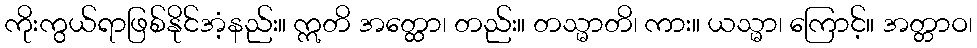
ကိုးကွယ်ရာဖြစ်နိုင်အံ့နည်း။ ဣတိ အတ္ထော၊ တည်း။ တသ္မာတိ၊ ကား။ ယသ္မာ၊ ကြောင့်။ အတ္တာဝ၊